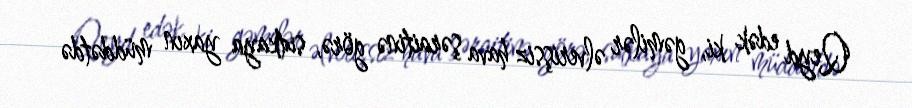
Qeyd edək ki, gəmilər əlverişsiz hava şəraitinə görə, sutkaya yaxın müddətdə